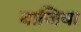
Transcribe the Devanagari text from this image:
वाजिया